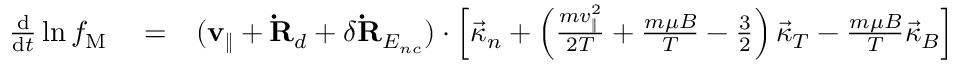
\begin{array} { r l r } { \frac { \mathrm { d } } { \mathrm { d } t } \ln f _ { \mathrm { { M } } } } & { { } = } & { ( { \bf v } _ { \| } + { \bf \dot { R } } _ { d } + \delta { \bf \dot { R } } _ { E _ { n c } } ) \cdot \left[ { \vec { \kappa } } _ { n } + \left( \frac { m v _ { \| } ^ { 2 } } { 2 T } + \frac { m \mu B } { T } - \frac { 3 } { 2 } \right) \vec { \kappa } _ { T } - \frac { m \mu B } { T } \vec { \kappa } _ { B } \right] } \end{array}